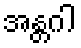
အန္တဂါ